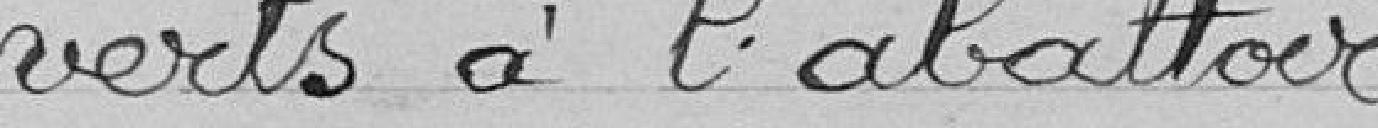
verts à l'abattoir